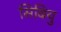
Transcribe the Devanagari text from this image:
सिबियु